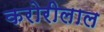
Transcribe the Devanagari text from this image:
करोरीलाल